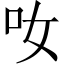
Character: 𠯆